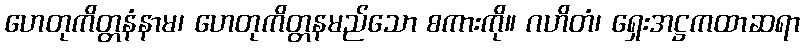
ဟေတုကိတ္တနံနာမ၊ ဟေတုကိတ္တနမည်သော စကားကို။ ဂဟိတံ၊ ရှေးအဋ္ဌကထာဆရာ